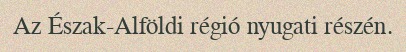
Az Észak-Alföldi régió nyugati részén.